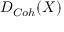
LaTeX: D _ { C o h } ( X )